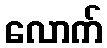
လောက်